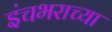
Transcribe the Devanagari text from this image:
इंचभराच्या